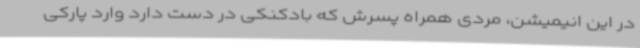
در این انیمیشن، مردی همراه پسرش که بادکنکی در دست دارد وارد پارکی